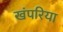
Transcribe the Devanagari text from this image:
खंपरिया